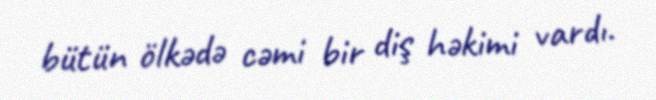
bütün ölkədə cəmi bir diş həkimi vardı.